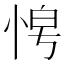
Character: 𭜿